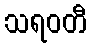
သရဝတီ